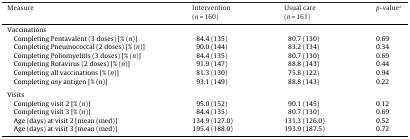
<table><thead><tr><td><b>Measure</b></td><td><b>Intervention(<i>n</i> = 160)</b></td><td><b>Usual care(<i>n</i> = 161)</b></td><td><b><i>p</i>-valuea</b></td></tr></thead><tbody><tr><td colspan="4">Vaccinations</td></tr><tr><td> Completing Pentavalent (3 doses) [% (<i>n</i>)]</td><td>84.4 (135)</td><td>80.7 (130)</td><td>0.69</td></tr><tr><td> Completing Pneumococcal (2 doses) [% (<i>n</i>)]</td><td>90.0 (144)</td><td>83.2 (134)</td><td>0.34</td></tr><tr><td> Completing Poliomyelitis (3 doses) [% (<i>n</i>)]</td><td>84.4 (135)</td><td>80.7 (130)</td><td>0.69</td></tr><tr><td> Completing Rotavirus (2 doses) [% (<i>n</i>)]</td><td>91.9 (147)</td><td>88.8 (143)</td><td>0.44</td></tr><tr><td> Completing all vaccinations [% (<i>n</i>)]</td><td>81.3 (130)</td><td>75.8 (122)</td><td>0.94</td></tr><tr><td> Completing <i>any</i> antigen [% (<i>n</i>)]</td><td>93.1 (149)</td><td>88.8 (143)</td><td>0.22</td></tr><tr><td colspan="4">  </td></tr><tr><td colspan="4">Visits</td></tr><tr><td> Completing visit 2 [% (<i>n</i>)]</td><td>95.0 (152)</td><td>90.1 (145)</td><td>0.12</td></tr><tr><td> Completing visit 3 [% (<i>n</i>)]</td><td>84.4 (135)</td><td>80.7 (130)</td><td>0.69</td></tr><tr><td> Age (days) at visit 2 [mean (med)]</td><td>134.9 (127.0)</td><td>131.3 (126.0)</td><td>0.52</td></tr><tr><td> Age (days) at visit 3 [mean (med)]</td><td>195.4 (188.0)</td><td>193.9 (187.5)</td><td>0.72</td></tr></tbody></table>